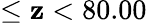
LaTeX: \leq\mathbf{z}<80.00